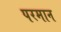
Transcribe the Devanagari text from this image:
परमान